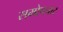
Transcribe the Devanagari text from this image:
समोपचार